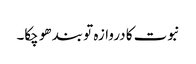
نبوت کا دروازہ تو بند ھو چکا۔